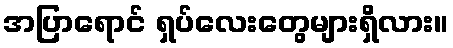
အပြာရောင် ရှပ်လေးတွေများရှိလား။